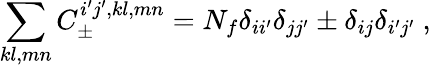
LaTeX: \sum_{kl,mn}C_{\pm}^{i^{\prime}j^{\prime},kl,mn}=N_{f}\delta_{ii^{\prime}}\delta_{jj^{\prime}}\pm\delta_{ij}\delta_{i^{\prime}j^{\prime}}\ ,